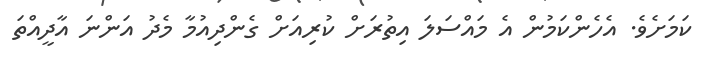
ކަމަށެވެ. އެހެންކަމުން އެ މައްސަލަ އިތުރަށް ކުރިއަށް ގެންދިއުމާ މެދު އަންނަ އާދީއްތަ